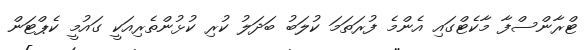
ޓްރާންސްފާ މާކެޓްގައި އެންމެ ފުރަތަމަ ކުލަބު ބަދަލު ކުރި ކުޅުންތެރިއަކީ ގައުމީ ކެޕްޓަން